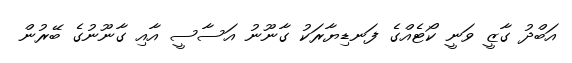
އަބްދު ގާޒީ ވަނީ ކޯޓެއްގެ ފަނޑިޔާރަކު ގާނޫނު އަސާސީ އާއި ގާނޫނުގެ ބޭރުން